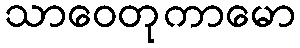
သာဝေတုကာမော